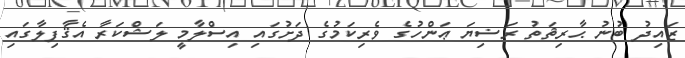
ޒައިދު ބުނު ޙާރިޘަތު ރަޟިޔަ ޢަންހުގެ ވެރިކަމުގެ ދަށުގައި އިސްލާމީ ލަޝްކަރާ އެޤާފިލާގައި